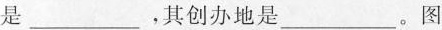
是___，其创办地是___。图